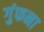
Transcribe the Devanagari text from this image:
गुंफना